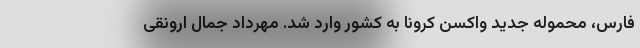
فارس، محموله جدید واکسن کرونا به کشور وارد شد. مهرداد جمال ارونقی